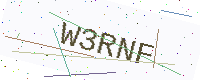
Text: W3RNF